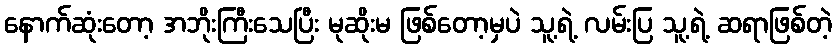
နောက်ဆုံးတော့ အဘိုးကြီးသေပြီး မုဆိုးမ ဖြစ်တော့မှပဲ သူ့ရဲ့ လမ်းပြ သူ့ရဲ့ ဆရာဖြစ်တဲ့